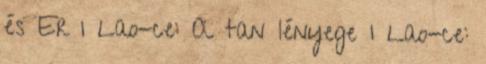
és Er 1 Lao-ce: A tan lényege 1 Lao-ce: